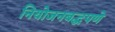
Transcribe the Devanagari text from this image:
नियोजनबद्धपणे